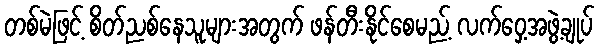
တစ်မဲဖြင့် စိတ်ညစ်နေသူများအတွက် ဖန်တီးနိုင်စေမည့် လက်ဝှေ့အဖွဲ့ချုပ်